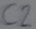
Text: C2